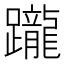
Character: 躘